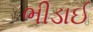
ભીડાઈ